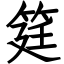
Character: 筳